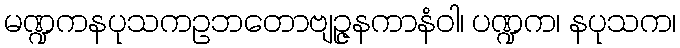
မဏ္ဍကနပုသကဥဘတောဗျဉ္ဇနကာနံဝါ၊ ပဏ္ဍက၊ နပုသက၊